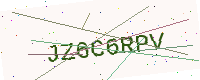
Text: JZ6C6RPV